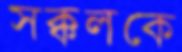
সক্কলকে